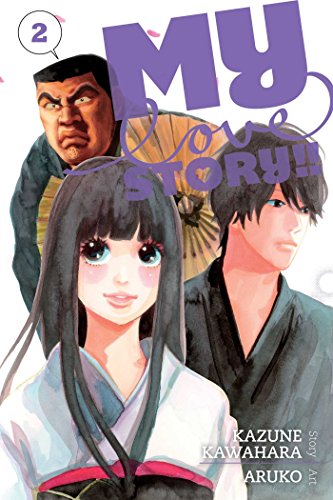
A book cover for My Love Story!!, Vol. 2; Kazune Kawahara; Comics & Graphic Novels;